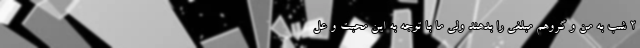
2 شب به من و گروهم مبلغی را بدهند ولی ما با توجه به این محبت و عل